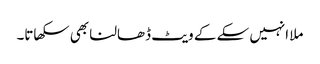
ملا انہیں سکے کے ویٹ ڈھالنا بھی سکھاتا۔